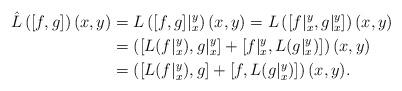
LaTeX: \begin{align*}\hat{L}\left([f,g]\right)(x,y)&=L\left([f,g]|_{x}^{y}\right)(x,y)=L\left([f|_x^y,g|_{x}^{y}]\right)(x,y)\\ &=\left([L(f|_x^y),g|_{x}^{y}]+[f|_x^y,L(g|_{x}^{y})]\right)(x,y)\\ &=\left([L(f|_x^y),g]+[f,L(g|_{x}^{y})]\right)(x,y).\end{align*}